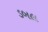
ડબલ